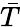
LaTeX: \bar{T}